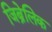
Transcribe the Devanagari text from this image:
जिब्रेलिक